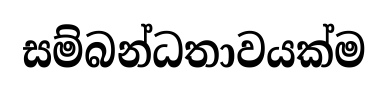
සම්බන්ධතාවයක්ම